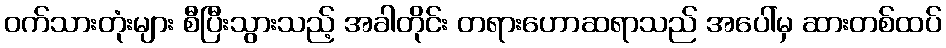
ဝက်သားတုံးများ စီပြီးသွားသည့် အခါတိုင်း တရားဟောဆရာသည် အပေါ်မှ ဆားတစ်ထပ်